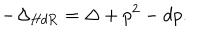
- \Delta _ { \mathrm { H d R } } = \Delta + p ^ { 2 } - d p .